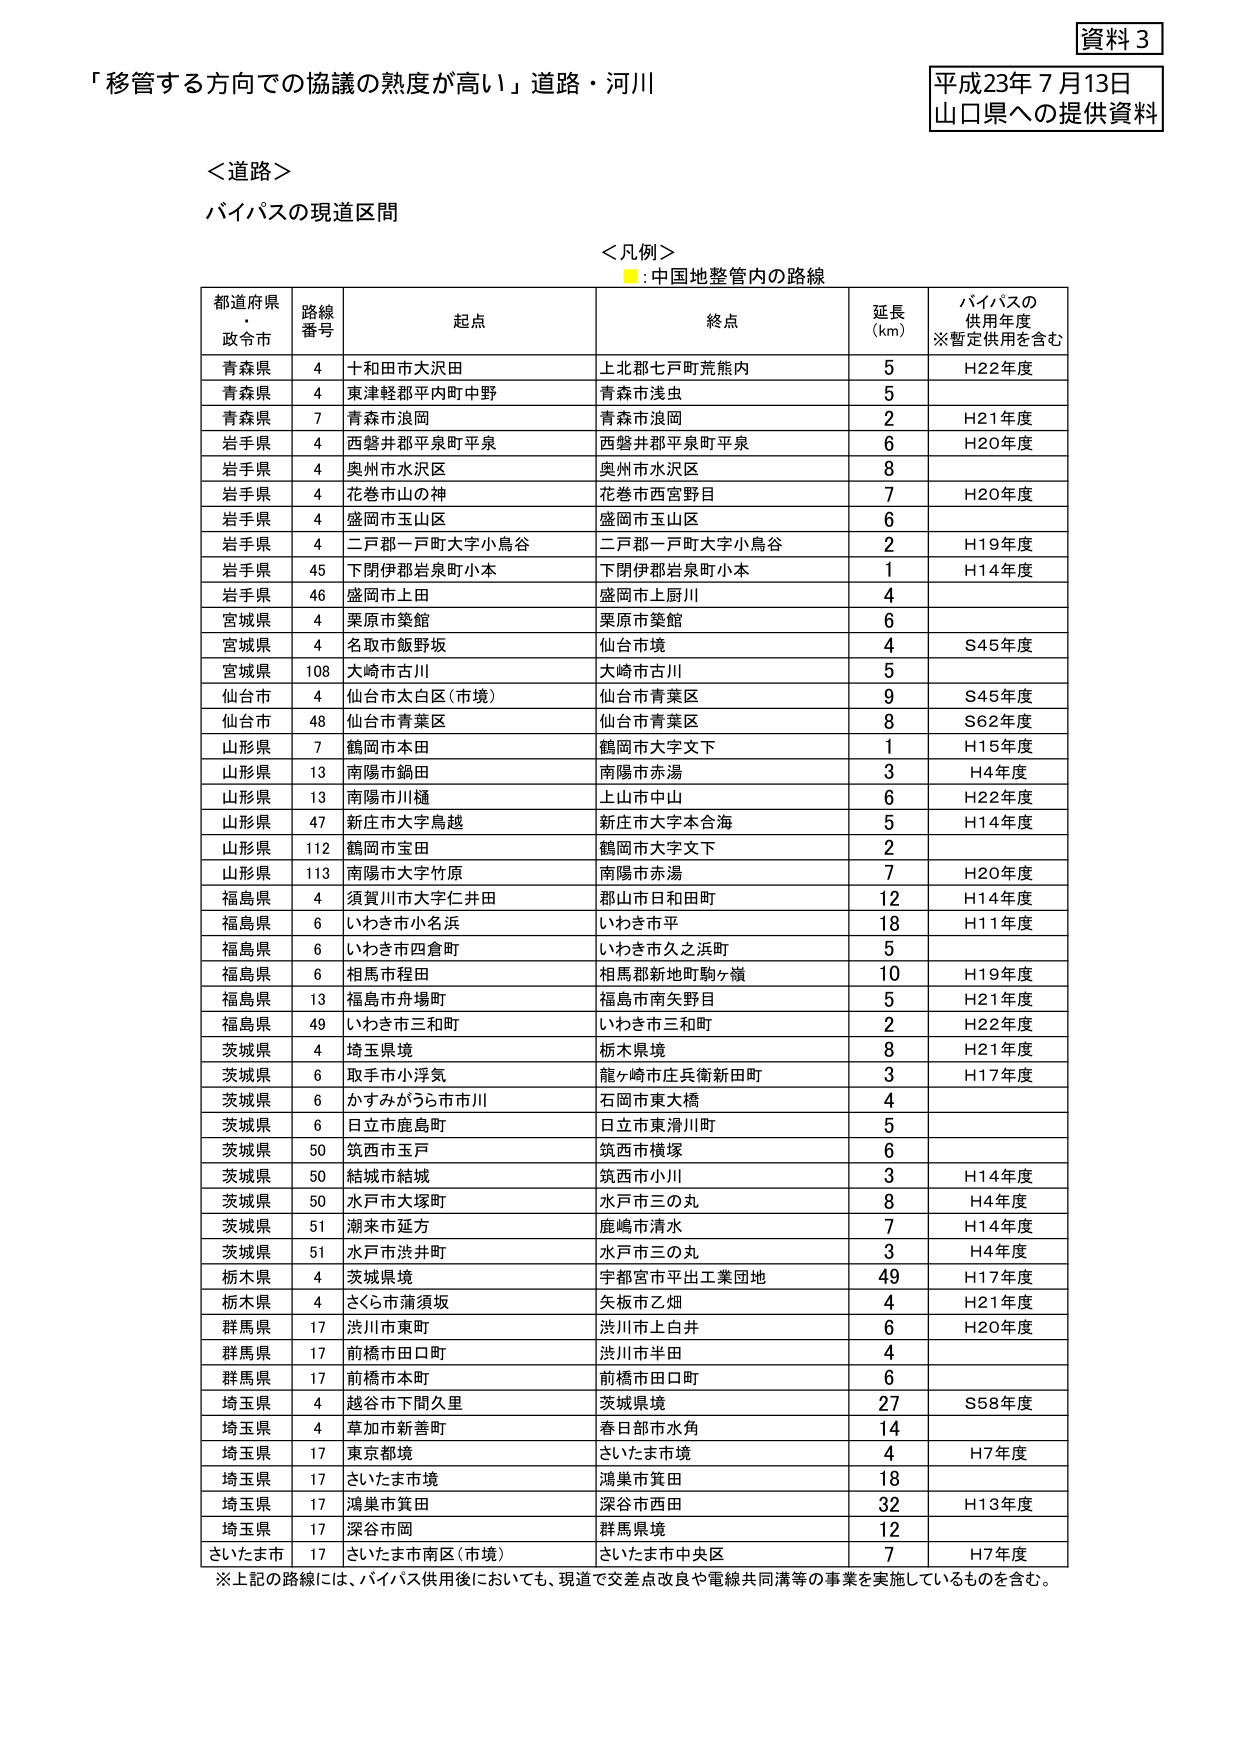
資料３
平成23年7月13日
山口県への提供資料

「移管する方向での協議の熟度が高い」道路・河川

＜道路＞
バイパスの現道区間

＜凡例＞
■：中国地整管内の路線

都道府県・政令市　路線番号　起点　終点　延長（km）　バイパスの供用年度※暫定供用を含む

青森県　4　十和田市大沢田　上北郡七戸町荒熊内　5　H22年度
青森県　4　東津軽郡平内町中野　青森市浅虫　5　
青森県　7　青森市浪岡　青森市浪岡　2　H21年度
岩手県　4　西磐井郡平泉町平泉　西磐井郡平泉町平泉　6　H20年度
岩手県　4　奥州市水沢区　奥州市水沢区　8　
岩手県　4　花巻市山の神　花巻市西宮野目　7　H20年度
岩手県　4　盛岡市玉山区　盛岡市玉山区　6　
岩手県　4　二戸郡一戸町大字小鳥谷　二戸郡一戸町大字小鳥谷　2　H19年度
岩手県　45　下閉伊郡岩泉町小本　下閉伊郡岩泉町小本　1　H14年度
岩手県　46　盛岡市上田　盛岡市上厨川　4　
宮城県　4　栗原市筿館　栗原市筿館　6　
宮城県　4　名取市飯野坂　仙台市境　4　S45年度
宮城県　108　大崎市古川　大崎市古川　5　
仙台市　4　仙台市太白区（市境）　仙台市青葉区　9　S45年度
仙台市　48　仙台市青葉区　仙台市青葉区　8　S62年度
山形県　7　鶴岡市本田　鶴岡市大字文下　1　H15年度
山形県　13　南陽市鍋田　南陽市赤湯　3　H4年度
山形県　13　南陽市川樋　上山市中山　6　H22年度
山形県　47　新庄市大字鳥越　新庄市大字本合海　5　H14年度
山形県　112　鶴岡市宝田　鶴岡市大字文下　2　
山形県　113　南陽市大字竹原　南陽市赤湯　7　H20年度
福島県　4　須賀川市大字仁井田　郡山市日和田町　12　H14年度
福島県　6　いわき市小名浜　いわき市平　18　H11年度
福島県　6　いわき市四倉町　いわき市久之浜町　5　
福島県　6　相馬市程田　相馬郡新地町駒ヶ嶺　10　H19年度
福島県　13　福島市舟場町　福島市南矢野目　5　H21年度
福島県　49　いわき市三和町　いわき市三和町　2　H22年度
茨城県　4　埼玉県境　栃木県境　8　H21年度
茨城県　6　取手市小浮気　龍ヶ崎市庄兵衛新田町　3　H17年度
茨城県　6　かすみがうら市市川　石岡市東大橋　4　
茨城県　6　日立市鹿島町　日立市東滑川町　5　
茨城県　50　筑西市玉戸　筑西市横塚　6　
茨城県　50　結城市結城　筑西市小川　3　H14年度
茨城県　50　水戸市大塚町　水戸市三の丸　8　H4年度
茨城県　51　潮来市延方　鹿嶋市清水　7　H14年度
茨城県　51　水戸市渋井町　水戸市三の丸　3　H4年度
栃木県　4　茨城県境　宇都宮市平出工業団地　49　H17年度
栃木県　4　さくら市蒲須坂　矢板市乙畑　4　H21年度
群馬県　17　渋川市東町　渋川市上白井　6　H20年度
群馬県　17　前橋市田口町　渋川市半田　4　
群馬県　17　前橋市本町　前橋市田口町　6　
埼玉県　4　越谷市下間久里　茨城県境　27　S58年度
埼玉県　4　草加市新善町　春日部市水角　14　
埼玉県　17　東京都境　さいたま市境　4　H7年度
埼玉県　17　さいたま市境　鴻巣市箕田　18　
埼玉県　17　鴻巣市箕田　深谷市西田　32　H13年度
埼玉県　17　深谷市岡　群馬県境　12　
さいたま市　17　さいたま市南区（市境）　さいたま市中央区　7　H7年度

※上記の路線には、バイパス供用後においても、現道で交差点改良や電線共同溝等の事業を実施しているものを含む。